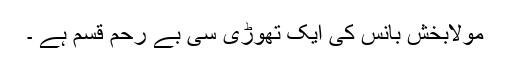
مولابخش بانس کی ایک تھوڑی سی بے رحم قسم ہے ۔